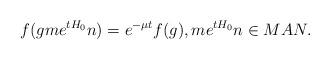
LaTeX: \begin{align*} f(g me^{tH_0}n)=e^{-\mu t}f(g), me^{tH_0}n\in MAN. \end{align*}